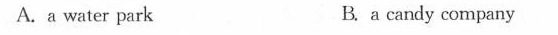
A.a water park B. a candy company